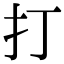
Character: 打